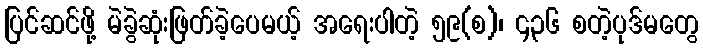
ပြင်ဆင်ဖို့ မဲခွဲဆုံးဖြတ်ခဲ့ပေမယ့် အရေးပါတဲ့ ၅၉(စ)၊ ၄၃၆ စတဲ့ပုဒ်မတွေ